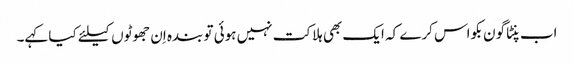
اب پنٹاگون بکواس کرے کہ ایک بھی ہلاکت نہیں ہوئی تو بندہ اِن جھوٹوں کیلئے کیا کہے۔